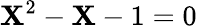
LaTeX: \mathbf{X}^{2}-\mathbf{X}-1=0